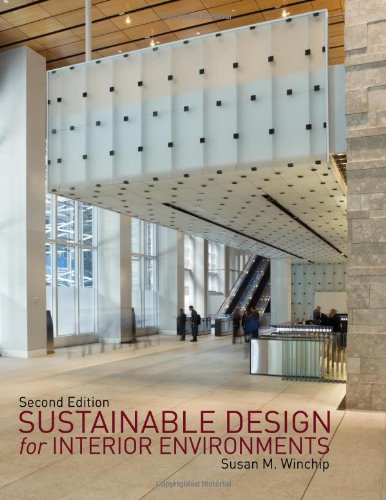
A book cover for Sustainable Design for Interior Environments, Second Edition; Susan M. Winchip; Arts & Photography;